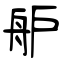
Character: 舮